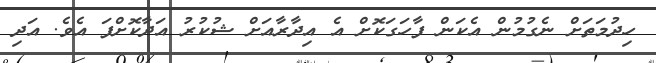
ހިދުމަތަށް ނެގުމުން އެކަން ފާހަގަކޮށް އެ އިދާރާއަށް ޝުކުރު އަދާކޮށްފަ އެވެ. އަދި